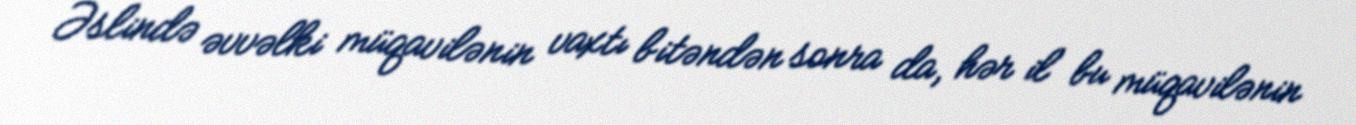
Əslində əvvəlki müqavilənin vaxtı bitəndən sonra da, hər il bu müqavilənin